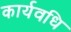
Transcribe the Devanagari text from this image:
कार्यवधि